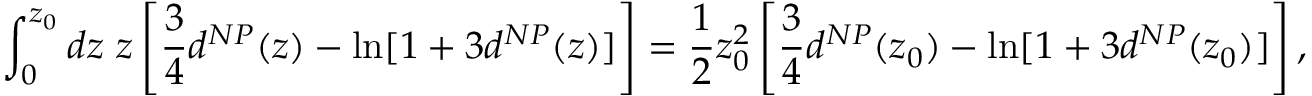
\int _ { 0 } ^ { z _ { 0 } } d z \ z \left[ { \frac { 3 } { 4 } } d ^ { N P } ( z ) - \ln [ 1 + 3 d ^ { N P } ( z ) ] \right] = { \frac { 1 } { 2 } } z _ { 0 } ^ { 2 } \left[ { \frac { 3 } { 4 } } d ^ { N P } ( z _ { 0 } ) - \ln [ 1 + 3 d ^ { N P } ( z _ { 0 } ) ] \right] ,